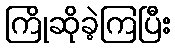
ကြိုဆိုခဲ့ကြပြီး